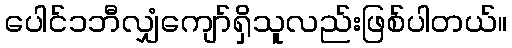
ပေါင်၁ဘီလျှံကျော်ရှိသူလည်းဖြစ်ပါတယ်။